Leaving Certificate Examination, 1925
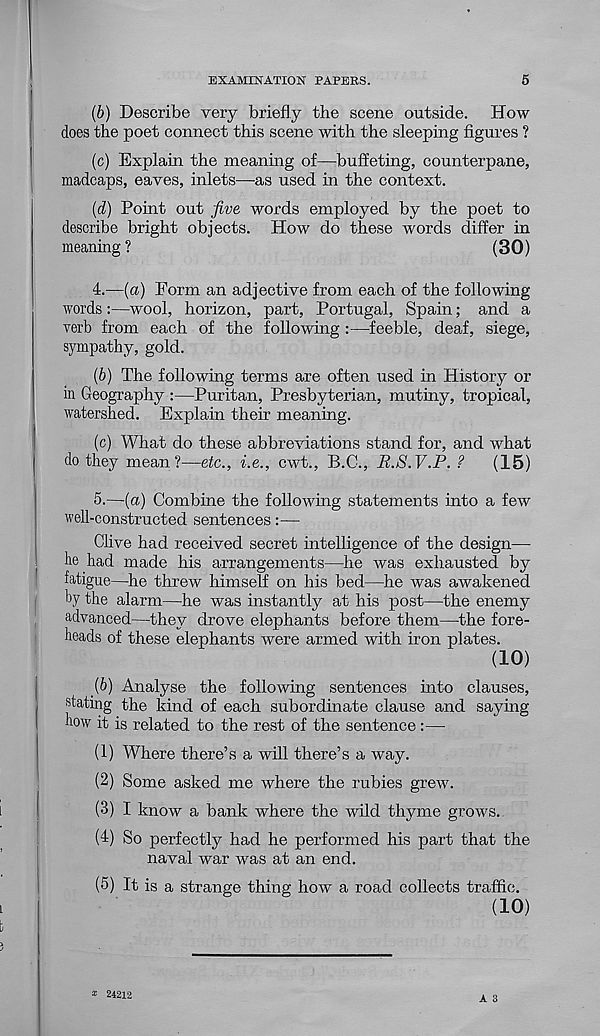
EXAMINATION PAPEES.
5
(b) Describe very briefly the scene outside. How-
does the poet connect this scene with the sleeping figures ?
(c) Explain the meaning of—buffeting, counterpane,
madcaps, eaves, inlets—as used in the context.
(d) Point out five words employed by the poet to
describe bright objects. How do these words differ in
meaning ?
(30)
4.
—(a) Form an adjective from each
words:—wool, horizon, part, Portugal, Spain; and a
verb from each of the following :—feeble, deaf, siege,
sympathy, gold.
(b) The following terms are often used in History or
in Geography :—Puritan, Presbyterian, mutiny, tropical,
watershed. Explain their meaning.
(c) What do these abbreviations stand for, and what
do they mean?—etc., i.e., cwt., B.C., B.S.V.P. ?
(15)
5.
—(a) Combine the following statem
well-constructed sentences:—
Clive had received secret intelligence of the design—
lie had made his arrangements—he was exhausted by
fatigue—he threw himself on his bed—he was awakened
by the alarm—he was instantly at his post—the enemy
advanced—they drove elephants before them—-the fore-
heads of these elephants were armed with iron plates.
(10)
(b) Analyse the following sentences into clauses,
stating the kind of each subordinate clause and saying
how it is related to the rest of the sentence:—
(1) Where there’s a will there’s a way.
(2) Some asked me where the rubies grew.
(3) I know a bank where the wild thyme grows.
(4) So perfectly had he performed his part that the
naval war was at an end.
(5) It is a strange thing how a road collects traffic.
(10)
A 3
* 24212